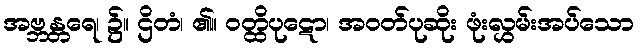
အဗ္ဘန္တရေ၊ ၌။ ဌိတံ၊ ၏။ ဝတ္ထိပုဋော၊ အဝတ်ပုဆိုး ဖုံးလွှမ်းအပ်သော